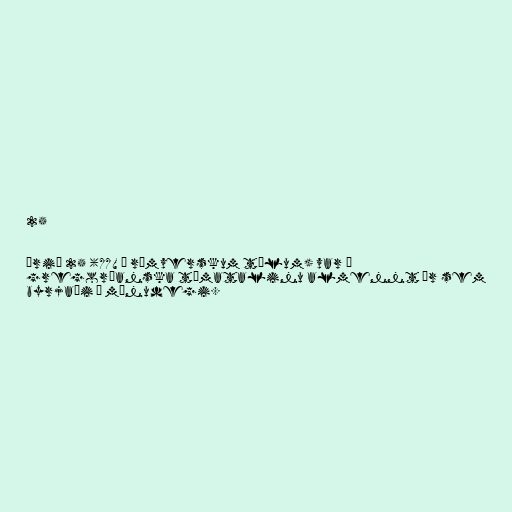
25

Árið 25 (XXV í rómverskum tölum) var í
gregoríanska tímatalinu almennt ár sem
byrjaði á mánudegi.